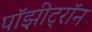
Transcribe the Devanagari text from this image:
पॉझीट्रॉन